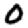
Digit: 0